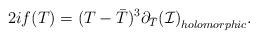
LaTeX: \begin{align*}2 i f(T) = (T- {\bar T})^3 \partial_{\bar T} {({\cal I})}_{holomorphic}.\end{align*}